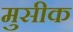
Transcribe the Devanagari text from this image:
मुसीक